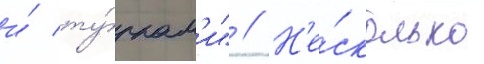
и́ ту́ркам'и" // Н'е́сколько